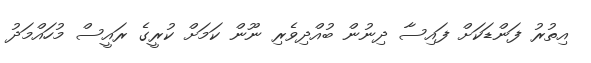
އިތުރު ފަންޑަކަށް ފައިސާ ދިނުން ބުއްދިވެރި ނޫން ކަމަށް ކުރީގެ ރައީސް މުހައްމަދު